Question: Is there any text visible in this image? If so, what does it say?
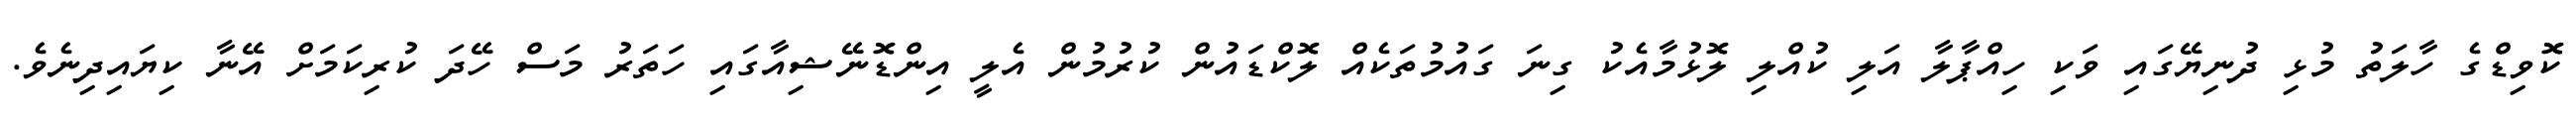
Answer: ކޮވިޑްގެ ހާލަތު މުޅި ދުނިޔޭގައި ވަކި ހިއްޕާލާ އަލި ކުއްލި ލޮޅުމާއެކު ގިނަ ގައުމުތަކެއް ލޮކްޑައުން ކުރުމުން އެލީ އިންޑޮނޭޝިއާގައި ހަތަރު މަސް ހޭދަ ކުރިކަމަށް އޭނާ ކިޔައިދިނެވެ.